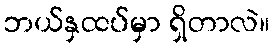
ဘယ်နှထပ်မှာ ရှိတာလဲ။